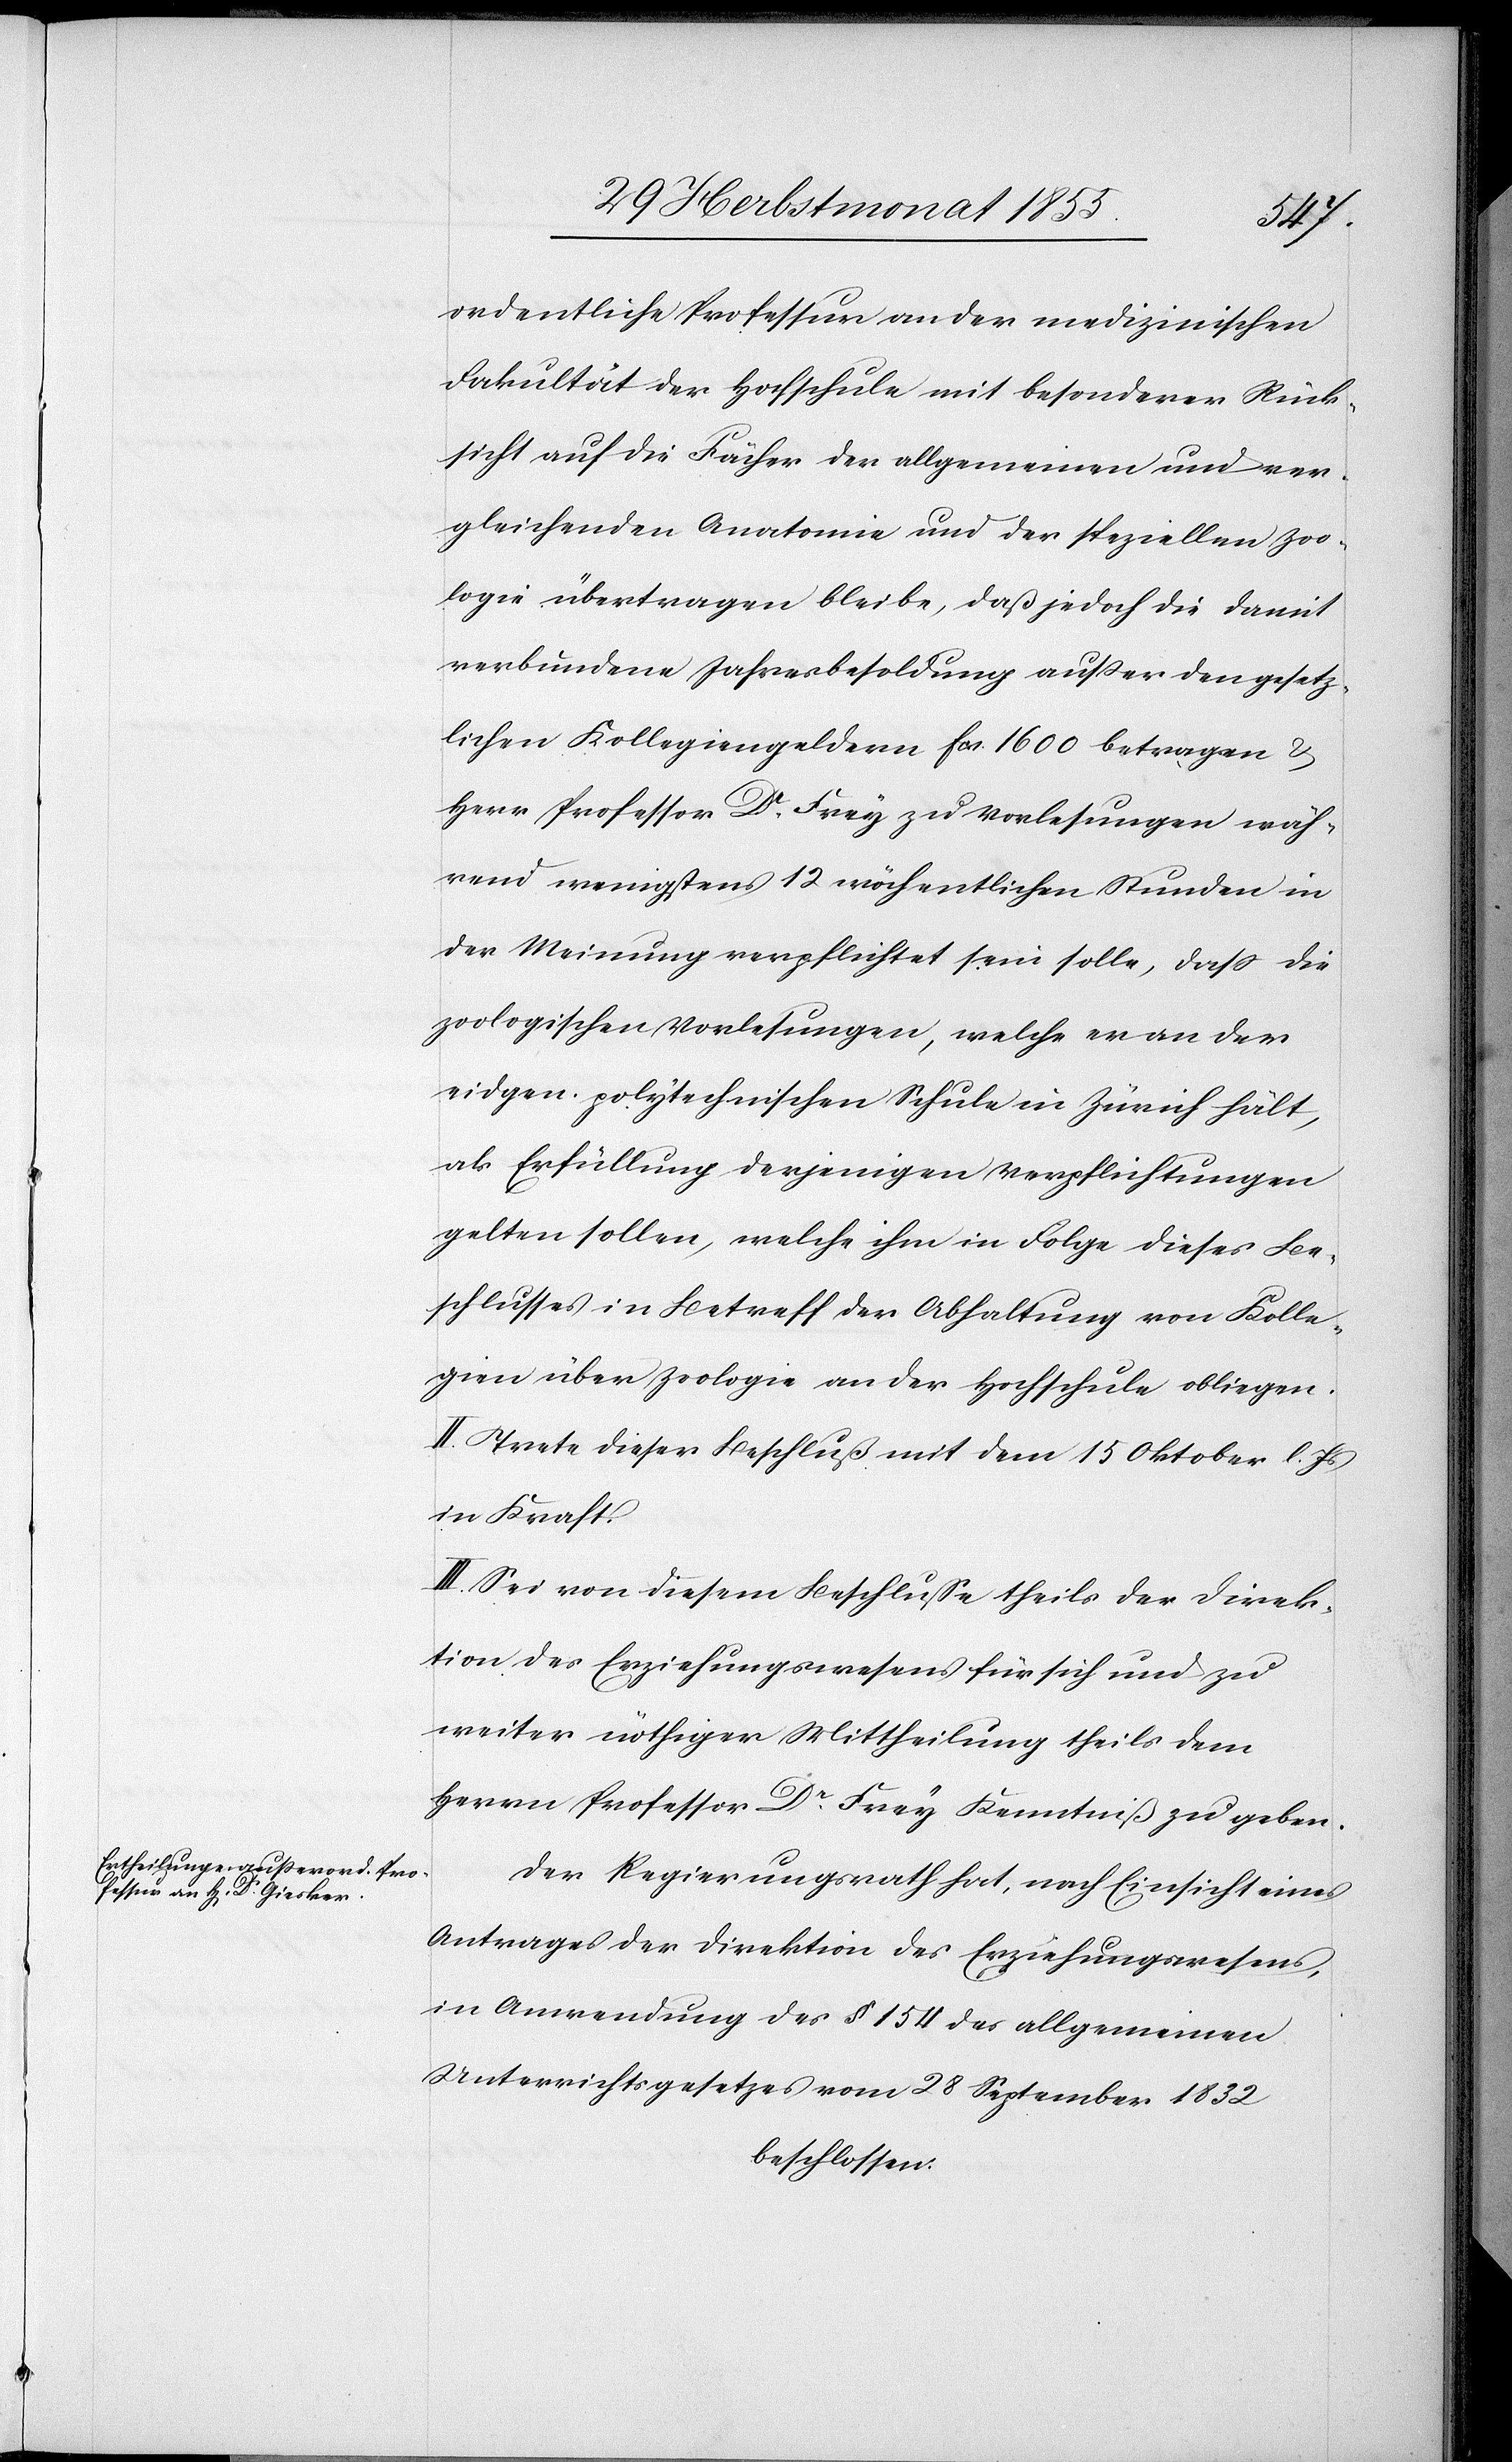
ordentliche Professur an der medizinischen
Fakultät der Hochschule mit besonderer Rück¬
sicht auf die Fächer der allgemeinen und ver¬
gleichenden Anatomie und der speziellen Zoo¬
logie übertragen bleibe, daß jedoch die damit
verbundene Jahresbesoldung außer den gesetz¬
lichen Kollegiengeldern Fcs. 1600 betragen &
Herr Professor Dr. Frey zu Vorlesungen wäh¬
rend wenigstens 12 wöchentlichen Stunden in
der Meinung verpflichtet sein solle, dass die
zoologischen Vorlesungen, welche er an der
eidgen. polytechnischen Schule in Zürich hält,
als Erfüllung derjenigen Verpflichtungen
gelten sollen, welche ihm in Folge dieses Be¬
schlusses in Betreff der Abhaltung von Kolle¬
gien über Zoologie an der Hochschule obliegen.
II. Trete dieser Beschluß mit dem 15 Oktober l. Js
in Kraft.
III. Sei von diesem Beschlusse theils der Direk¬
tion des Erziehungswesens für sich und zu
weiter nöthiger Mittheilung theils dem
Herrn Professor Dr. Frey Kenntniß zu geben.
Der Regierungsrath hat, nach Einsicht eines
Antrages der Direktion des Erziehungswesens,
in Anwendung des § 154 des allgemeinen
Unterrichtsgesetzes vom 28 September 1832
beschlossen: